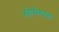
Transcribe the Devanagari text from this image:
सोमेश्वरा